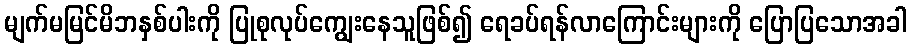
မျက်မမြင်မိဘနှစ်ပါးကို ပြုစုလုပ်ကျွေးနေသူဖြစ်၍ ရေခပ်ရန်လာကြောင်းများကို ပြောပြသောအခါ